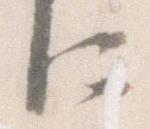
に